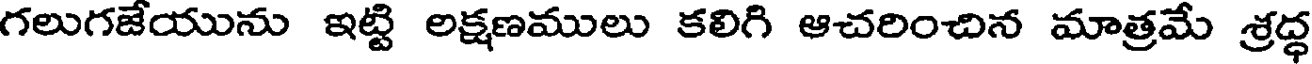
గలుగజేయును ఇట్టి లక్షణములు కలిగి ఆచరించిన మాత్రమే శ్రద్ధ